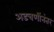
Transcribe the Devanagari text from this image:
अडचणींनंतर